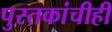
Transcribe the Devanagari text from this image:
पुस्तकांचीही